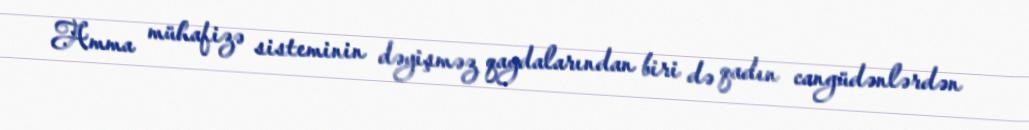
Amma mühafizə sisteminin dəyişməz qaydalarından biri də qadın cangüdənlərdən